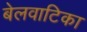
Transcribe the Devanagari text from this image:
बेलवाटिका